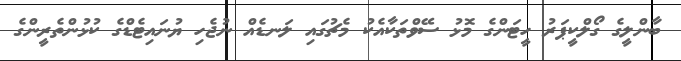
ބާންލީގެ ގޯލްކީޕަރު ހީޓަންގެ މޮޅު ސޭވްތަކާއެކު މެޗުގައި ލަނޑެއް ނުޖެހި ޔުނައިޓެޑްގެ ކުޅުންތެރީންގެ